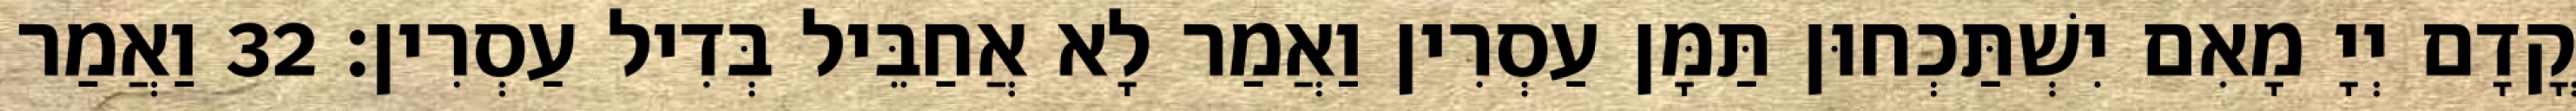
קֳדָם יְיָ מָאִם יִשְׁתַּכְחוּן תַּמָּן עַסְרִין וַאֲמַר לָא אֲחַבֵּיל בְּדִיל עַסְרִין׃ 32 וַאֲמַר